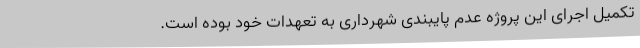
تکمیل اجرای این پروژه عدم پایبندی شهرداری به تعهدات خود بوده است.